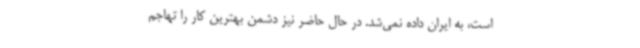
است، به ایران داده نمی‌شد. در حال حاضر نیز دشمن بهترین کار را تهاجم